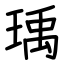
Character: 瑀